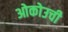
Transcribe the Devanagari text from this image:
ओकोउची